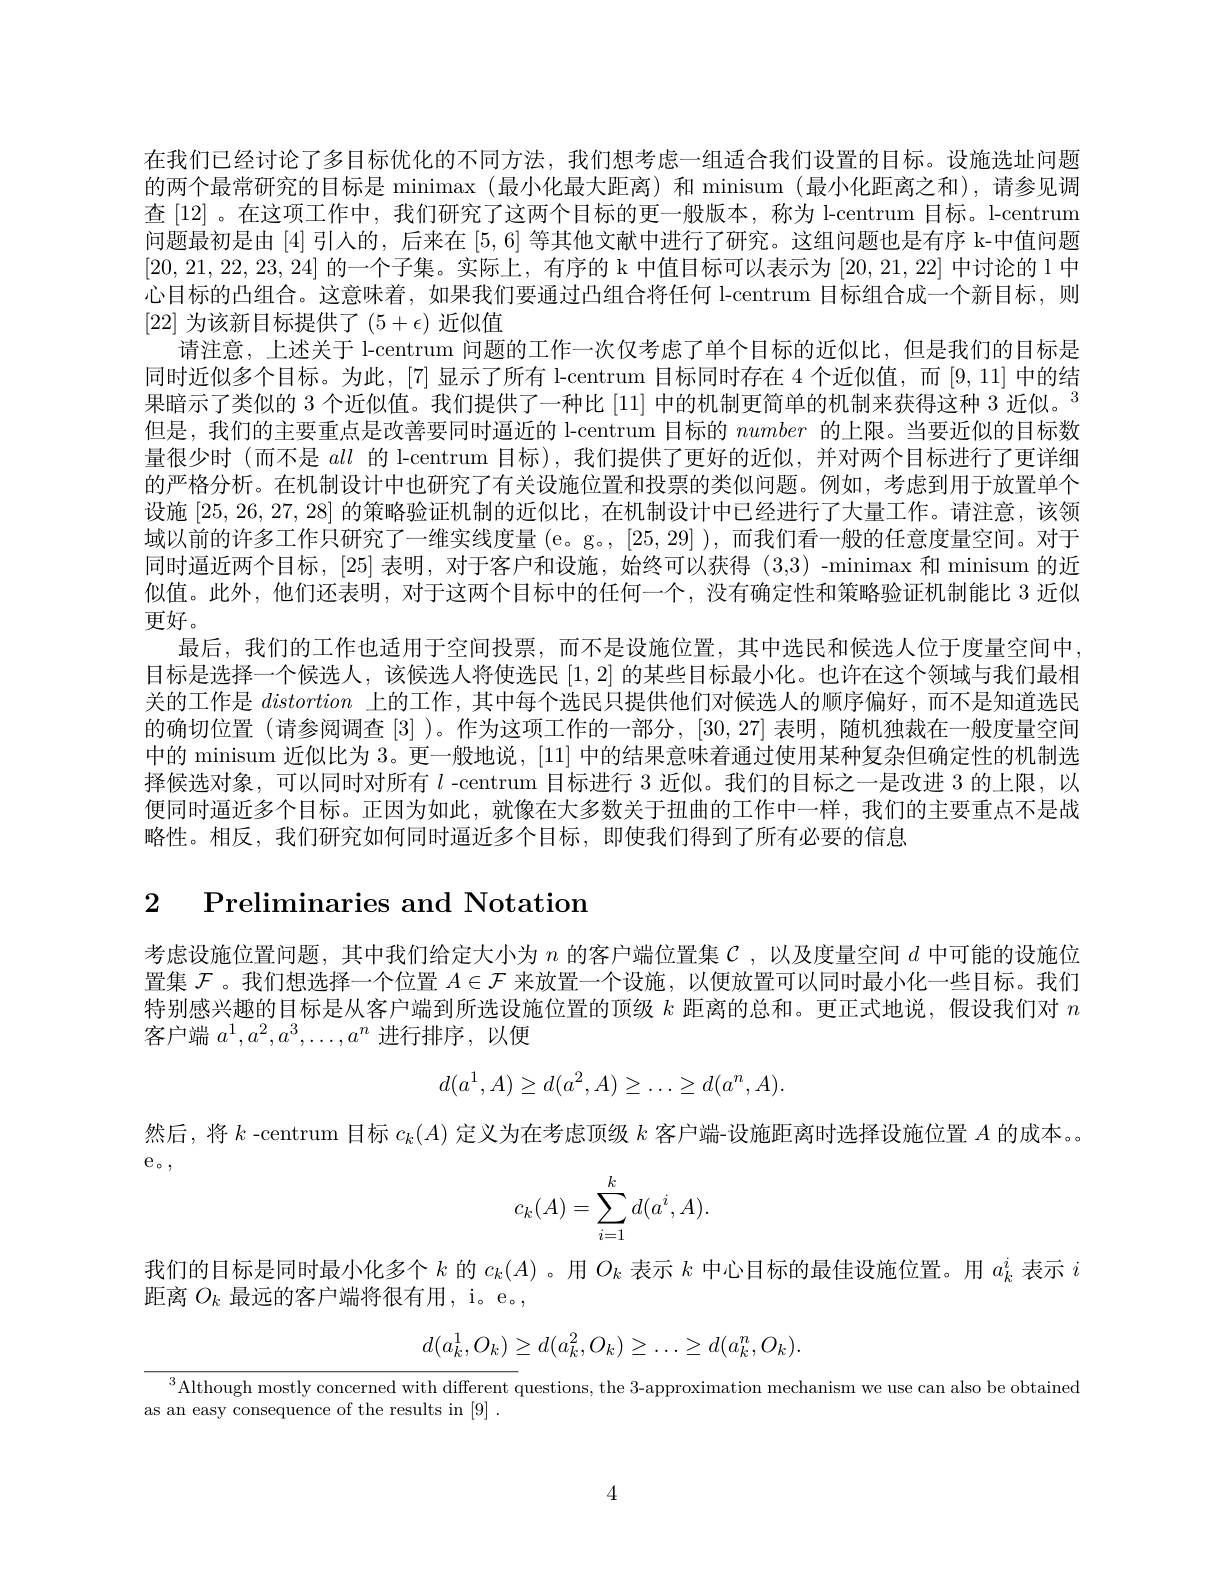
在我们已经讨论了多目标优化的不同方法，我们想考虑一组适合我们设置的目标。设施选址问题的两个最常研究的目标是 minimax(最小化最大距离)和 minisum(最小化距离之和),请参见调查 [12] 。在这项工作中，我们研究了这两个目标的更一般版本，称为 l-centrum 目标。l-centrum 问题最初是由 [4] 引入的，后来在[5,6]等其他文献中进行了研究。这组问题也是有序 k-中值问题[20,21,22,23,24]的一个子集。实际上，有序的 k 中值目标可以表示为[20,21,22]中讨论的 l 中心目标的凸组合。这意味着，如果我们要通过凸组合将任何 I-centrum 目标组合成一个新目标，则[22]为该新目标提供了$(5+\epsilon)$近似值
请注意，上述关于 l-centrum 问题的工作一次仅考虑了单个目标的近似比，但是我们的目标是同时近似多个目标。为此，[7]显示了所有 l-centrum 目标同时存在 4 个近似值，而[9,11]中的结果暗示了类似的 3 个近似值。我们提供了一种比[11] 中的机制更简单的机制来获得这种 3 近似。$^{3}$ 但是 , 我们的主要重点是改善要同时逼近的 l-centrum 目标的number的上限。当要近似的目标数量很少时(而不是all的 l-centrum 目标),我们提供了更好的近似，并对两个目标进行了更详细的严格分析。在机制设计中也研究了有关设施位置和投票的类似问题。例如，考虑到用于放置单个设施[25,26,27,28]的策略验证机制的近似比，在机制设计中已经进行了大量工作。请注意，该领域以前的许多工作只研究了一维实线度量 (e。g。, [25,29] ), 而我们看一般的任意度量空间。对于同时逼近两个目标，[25]表明，对于客户和设施，始终可以获得 (3,3) -minimax 和 minisum 的近似值。此外，他们还表明，对于这两个目标中的任何一个，没有确定性和策略验证机制能比 3 近似更好。
最后，我们的工作也适用于空间投票，而不是设施位置，其中选民和候选人位于度量空间中目标是选择一个候选人，该候选人将使选民[1,2]的某些目标最小化。也许在这个领域与我们最相关的工作是distortion上的工作，其中每个选民只提供他们对候选人的顺序偏好，而不是知道选民的确切位置(请参阅调查[3] )。作为这项工作的一部分，[30,27]表明，随机独裁在一般度量空间中的 minisum 近似比为 3。更一般地说，[11]中的结果意味着通过使用某种复杂但确定性的机制选择候选对象，可以同时对所有$l$ -centrum 目标进行 3 近似。我们的目标之一是改进 3 的上限，以便同时逼近多个目标。正因为如此，就像在大多数关于扭曲的工作中一样，我们的主要重点不是战略性。相反，我们研究如何同时逼近多个目标，即使我们得到了所有必要的信息

# 2 Preliminaries and Notation

考虑设施位置问题，其中我们给定大小为$n$的客户端位置集$\mathcal{C}$ ,以及度量空间$d$中可能的设施位置集$\mathcal{F}$ 。我们想选择一个位置$A\in\mathcal{F}$来放置一个设施，以便放置可以同时最小化一些目标。我们特别感兴趣的目标是从客户端到所选设施位置的顶级$k$距离的总和。更正式地说，假设我们对$n$ 客户端$a^1,a^2,a^3,\ldots,a^n$进行排序，以便
$$d(a^1,A)\ge d(a^2,A)\ge\dots\ge d(a^n,A).$$
然后，将$k$ -centrum 目标$c_k(A)$定义为在考虑顶级$k$客户端-设施距离时选择设施位置$A$的成本。

$\mathrm{e}_{\circ}$,
$$c_k(A)=\sum_{i=1}^kd(a^i,A).$$
我们的目标是同时最小化多个$k$的$c_k(A)$ 。用$O_k$表示$k$中心目标的最佳设施位置。用$a_k^i$表示$i$
距离$O_k$最远的客户端将很有用，i。e。,
$$d(a_k^1,O_k)\geq d(a_k^2,O_k)\geq\ldots\geq d(a_k^n,O_k).$$
$^{3}$Although mostly concerned with different questions, the 3-approximation mechanism we use can also be obtained
as an easy consequence of the results in [9] .

4